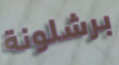
برشلونة